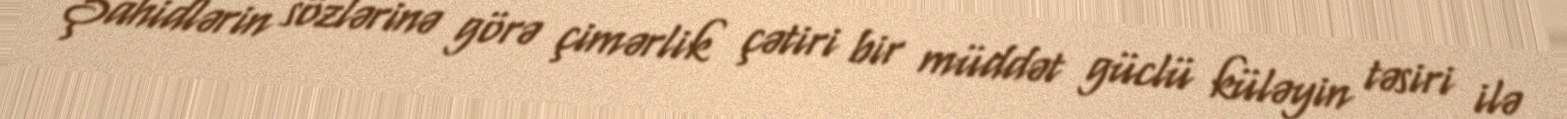
Şahidlərin sözlərinə görə çimərlik çətiri bir müddət güclü küləyin təsiri ilə